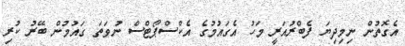
އެގޮތުން ނިމިދިޔަ ފެބްރުއަރީ މަހު އެގައުމުގެ އެކްސްޕޯޓްސް ނުވަތަ ގައުމުން ބޭރު ކުރި